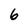
Character: 6